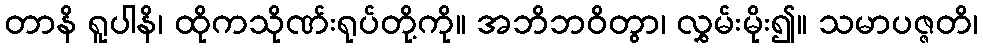
တာနိ ရူပါနိ၊ ထိုကသိုဏ်းရုပ်တို့ကို။ အဘိဘဝိတွာ၊ လွှမ်းမိုး၍။ သမာပဇ္ဇတိ၊